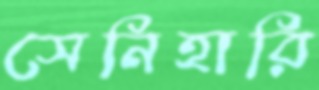
সেনিহারি